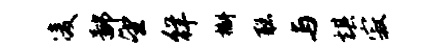
凌鄙望徉槲聪与棋寂